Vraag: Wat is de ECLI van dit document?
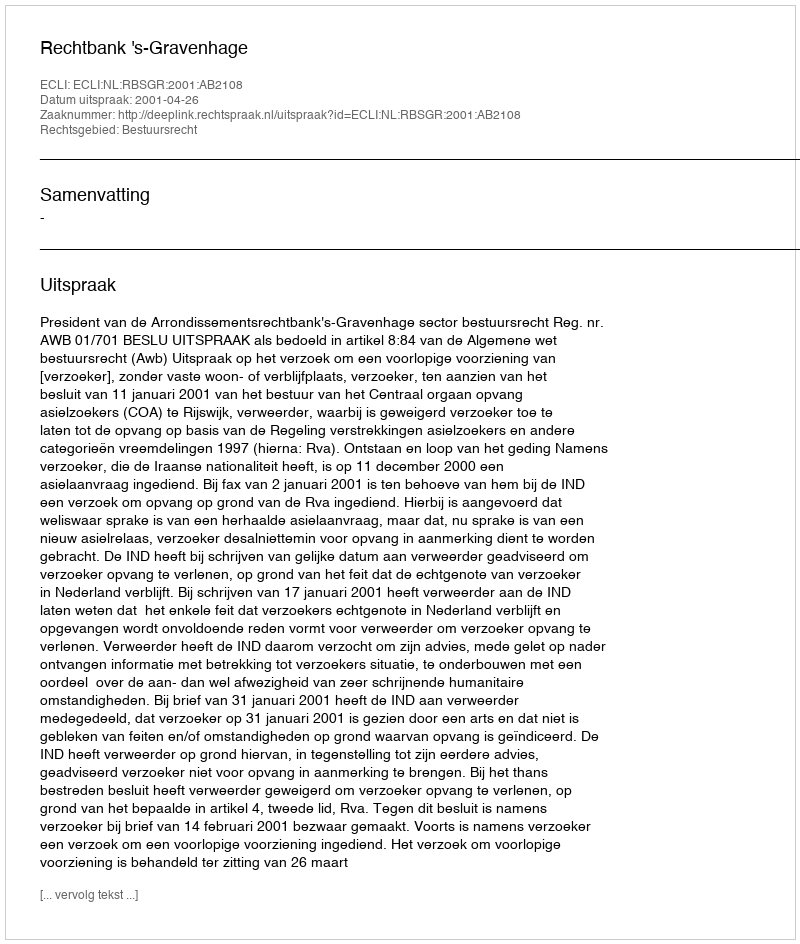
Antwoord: ECLI:NL:RBSGR:2001:AB2108